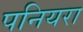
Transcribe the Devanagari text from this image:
पनियरा